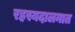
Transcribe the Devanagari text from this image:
रहस्यदालनात